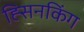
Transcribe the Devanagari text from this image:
ह्सिनकिंग